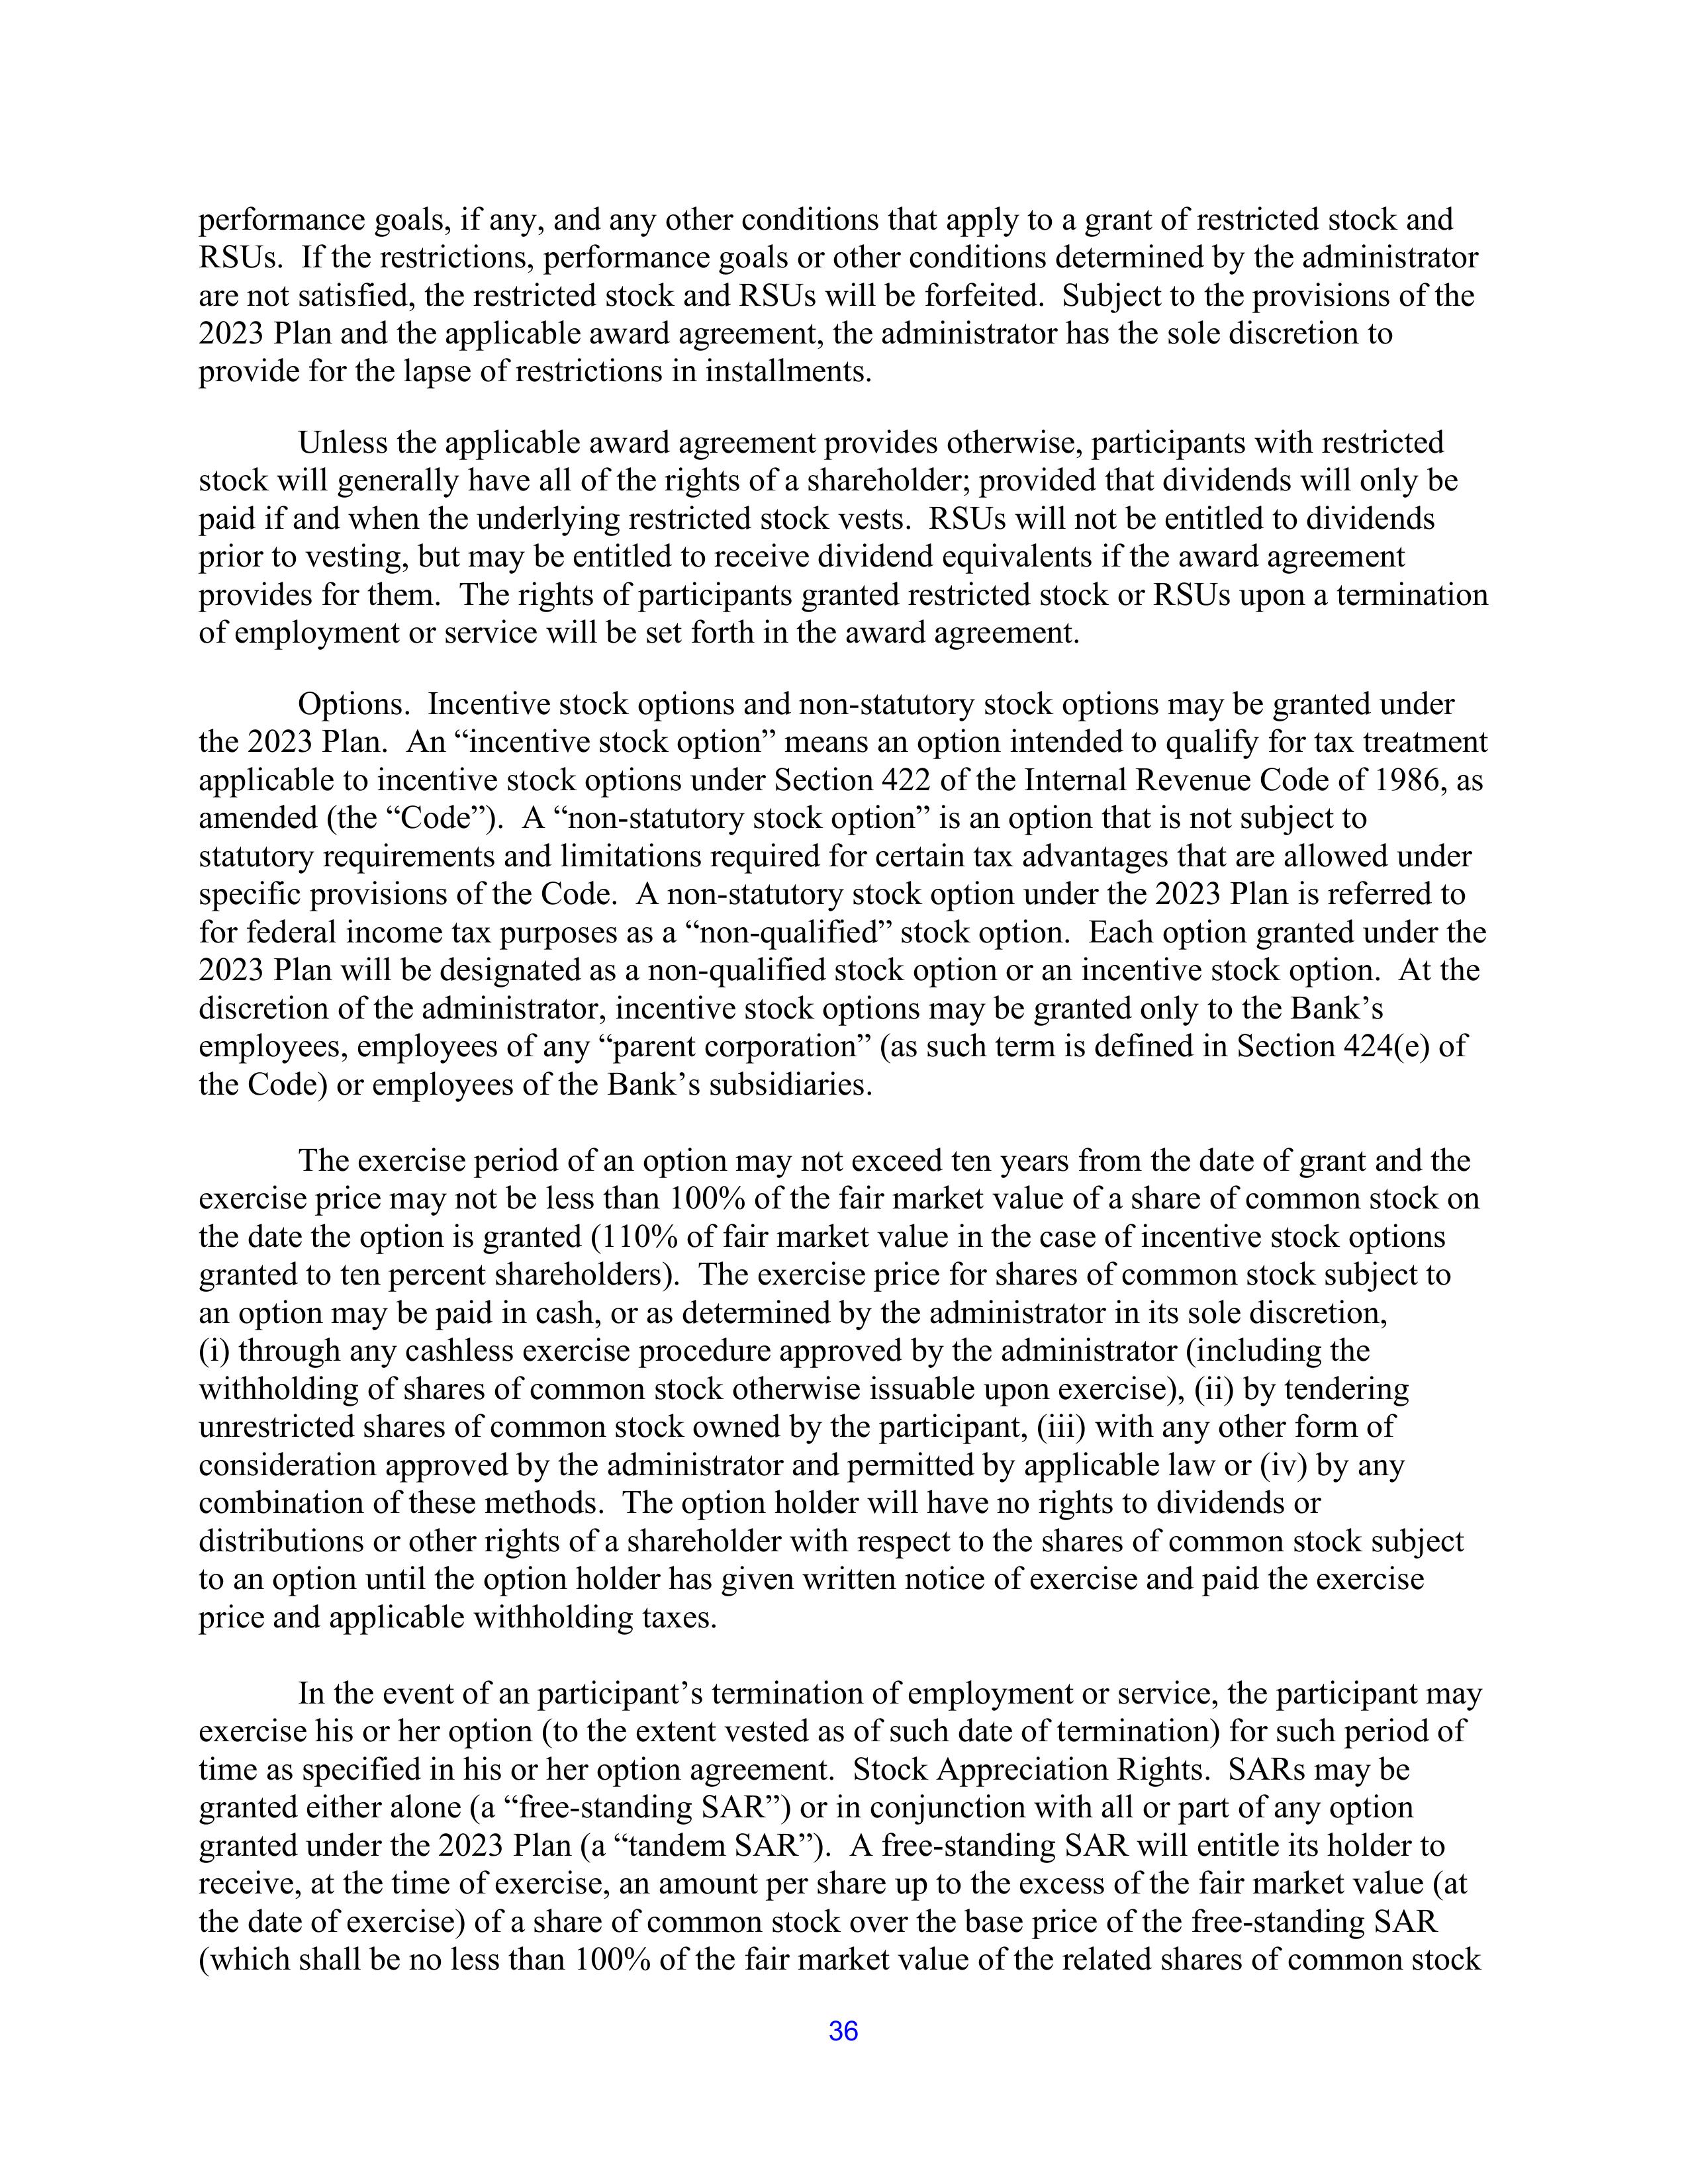
performance goals, if any, and any other conditions that apply to a grant of restricted stock and
RSUs. If the restrictions, performance goals or other conditions determined by the administrator
are not satisfied, the restricted stock and RSUs will be forfeited. Subject to the provisions of the
2023 Plan and the applicable award agreement, the administrator has the sole discretion to
provide for the lapse of restrictions in installments.

Unless the applicable award agreement provides otherwise, participants with restricted
stock will generally have all of the rights of a shareholder; provided that dividends will only be
paid if and when the underlying restricted stock vests. RSUs will not be entitled to dividends
prior to vesting, but may be entitled to receive dividend equivalents if the award agreement
provides for them. The rights of participants granted restricted stock or RSUs upon a termination
of employment or service will be set forth in the award agreement.

Options. Incentive stock options and non-statutory stock options may be granted under
the 2023 Plan. An “incentive stock option” means an option intended to qualify for tax treatment
applicable to incentive stock options under Section 422 of the Internal Revenue Code of 1986, as
amended (the “Code”). A “non-statutory stock option” is an option that is not subject to
statutory requirements and limitations required for certain tax advantages that are allowed under
specific provisions of the Code. A non-statutory stock option under the 2023 Plan is referred to
for federal income tax purposes as a “non-qualified” stock option. Each option granted under the
2023 Plan will be designated as a non-qualified stock option or an incentive stock option. At the
discretion of the administrator, incentive stock options may be granted only to the Bank’s
employees, employees of any “parent corporation” (as such term is defined in Section 424(e) of
the Code) or employees of the Bank’s subsidiaries.

The exercise period of an option may not exceed ten years from the date of grant and the
exercise price may not be less than 100% of the fair market value of a share of common stock on
the date the option is granted (110% of fair market value in the case of incentive stock options
granted to ten percent shareholders). The exercise price for shares of common stock subject to
an option may be paid in cash, or as determined by the administrator in its sole discretion,
(i) through any cashless exercise procedure approved by the administrator (including the
withholding of shares of common stock otherwise issuable upon exercise), (ii) by tendering
unrestricted shares of common stock owned by the participant, (iii) with any other form of
consideration approved by the administrator and permitted by applicable law or (iv) by any
combination of these methods. The option holder will have no rights to dividends or
distributions or other rights of a shareholder with respect to the shares of common stock subject
to an option until the option holder has given written notice of exercise and paid the exercise
price and applicable withholding taxes.

In the event of a participant’s termination of employment or service, the participant may
exercise his or her option (to the extent vested as of such date of termination) for such period of
time as specified in his or her option agreement. Stock Appreciation Rights. SARs may be
granted either alone (a “free-standing SAR”) or in conjunction with all or part of any option
granted under the 2023 Plan (a “tandem SAR”). A free-standing SAR will entitle its holder to
receive, at the time of exercise, an amount per share up to the excess of the fair market value (at
the date of exercise) of a share of common stock over the base price of the free-standing SAR
(which shall be no less than 100% of the fair market value of the related shares of common stock

36